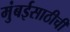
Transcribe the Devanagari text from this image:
मुंबईसाठीची